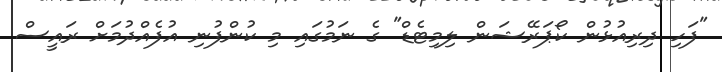
"ފަހި ދިރިއުޅުން ކޯޕަރޭޝަން ލިމިޓެޑް" ގެ ނަމުގައި މި ކުންފުނި އުފެއްދުމަށް ރައީސް